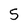
Character: 5